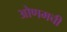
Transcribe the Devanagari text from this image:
ओणमची